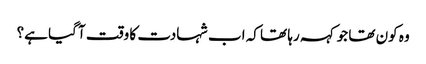
وہ کون تھا جو کہہ رہا تھا کہ اب شہادت کا وقت آ گیا ہے؟